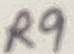
Text: R9